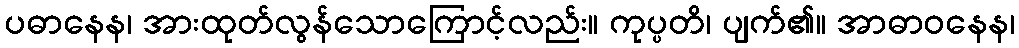
ပဓာနေန၊ အားထုတ်လွန်သောကြောင့်လည်း။ ကုပ္ပတိ၊ ပျက်၏။ အာဓာဝနေန၊